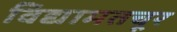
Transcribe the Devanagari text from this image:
विद्यामतचूर